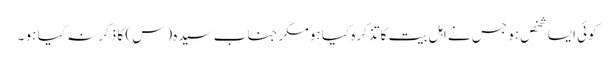
کوئی ایسا شخص ہو جس نے اہل بیت کا تذکرہ کیا ہو مگر جناب سیدہ (س) کا ذکر نہ کیا ہو ۔